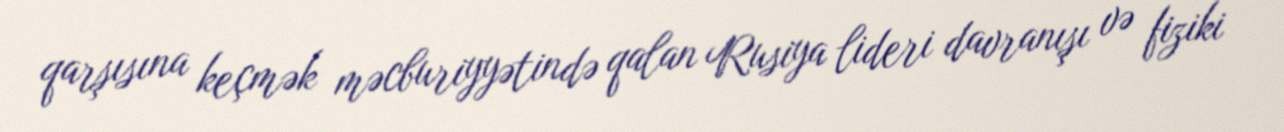
qarşısına keçmək məcburiyyətində qalan Rusiya lideri davranışı və fiziki